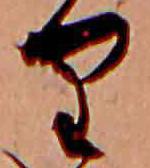
り